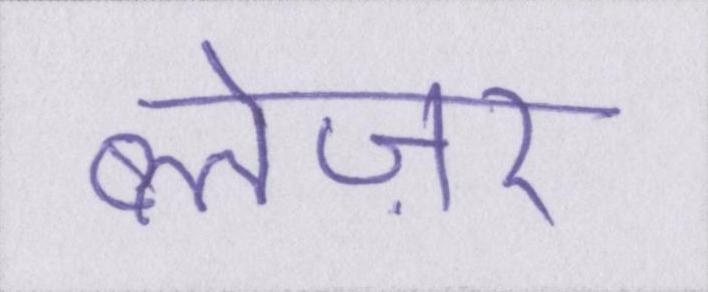
ब्लेज़र